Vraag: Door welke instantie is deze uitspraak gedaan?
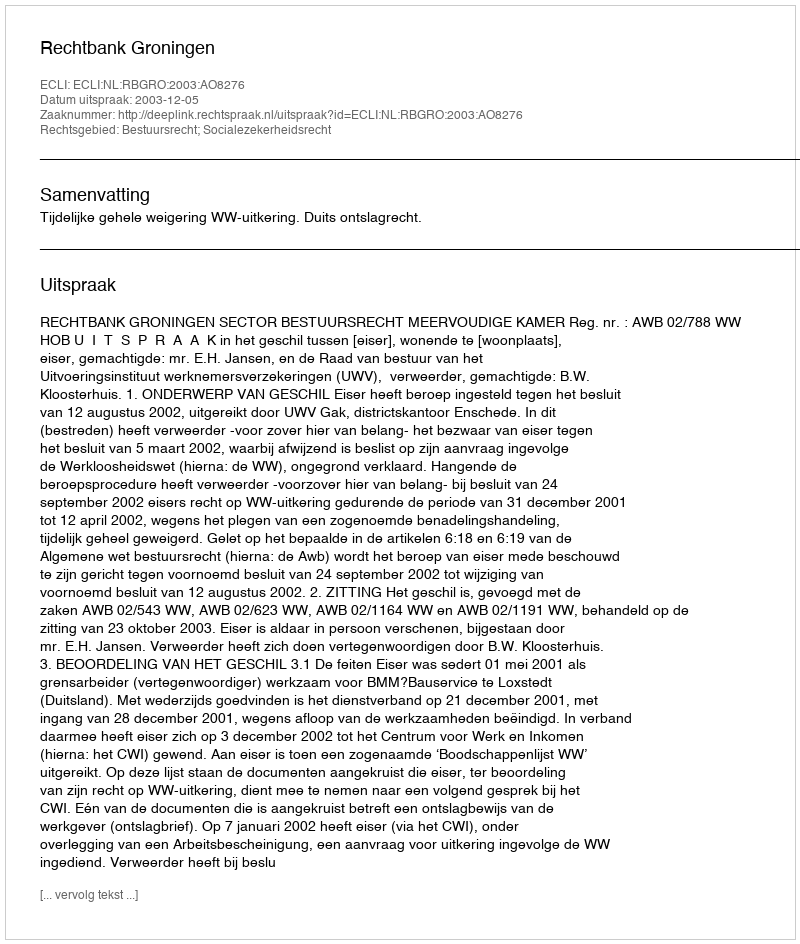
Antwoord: Rechtbank Groningen